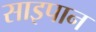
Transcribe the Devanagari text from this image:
साइपान